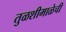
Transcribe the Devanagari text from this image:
तुळशीमाळेची